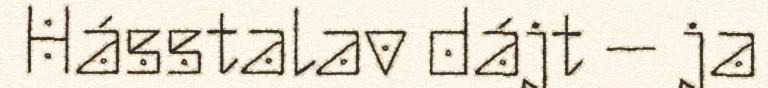
Hásstalav dájt – ja